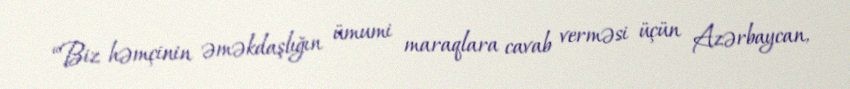
“Biz həmçinin əməkdaşlığın ümumi maraqlara cavab verməsi üçün Azərbaycan,